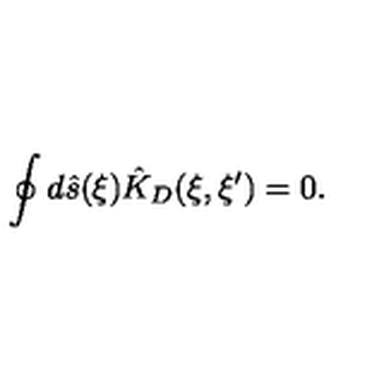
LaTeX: \oint { d } \hat { s } ( \xi ) { \hat { K } _ { D } } ( \xi , \xi ^ { \prime } ) = 0 .